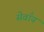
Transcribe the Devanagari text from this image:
सेवाँय